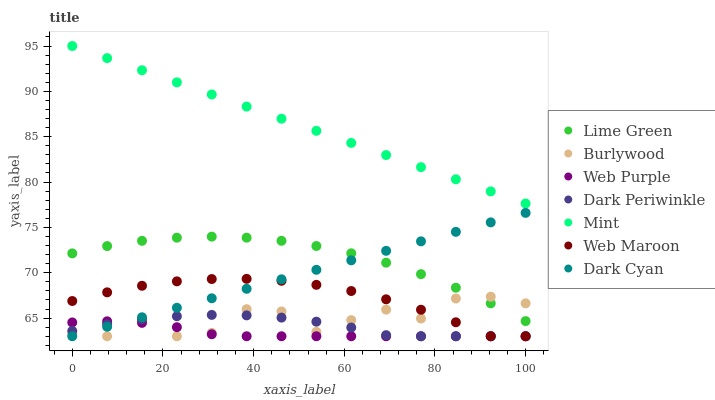
| xaxis_label | Lime Green | Burlywood | Web Purple | Dark Periwinkle | Mint | Web Maroon | Dark Cyan |
 | --- | --- | --- | --- | --- | --- | --- | --- |
 | 0 | 72.1 | 63.3 | 64.5 | 63.6 | 95 | 66.9 | 63 |
 | 7.69 | 72.9 | 63 | 64.6 | 64.3 | 93.7 | 67.8 | 64 |
 | 15.4 | 73.5 | 64.7 | 64.5 | 64.9 | 92.3 | 68.6 | 65.1 |
 | 23.1 | 73.9 | 63 | 64 | 65.2 | 91 | 69.1 | 66.1 |
 | 30.8 | 74 | 63.4 | 63.2 | 65.4 | 89.7 | 69.3 | 67.2 |
 | 38.5 | 73.9 | 66 | 63 | 65.3 | 88.3 | 69.3 | 68.2 |
 | 46.2 | 73.5 | 65.7 | 63 | 65.1 | 87 | 69.1 | 69.3 |
 | 53.8 | 73 | 63.5 | 63 | 64.6 | 85.7 | 68.7 | 70.3 |
 | 61.5 | 72.1 | 64.8 | 63 | 64 | 84.3 | 68 | 71.4 |
 | 69.2 | 71.1 | 65.9 | 63 | 63.1 | 83 | 67.1 | 72.4 |
 | 76.9 | 69.8 | 65 | 63 | 63 | 81.6 | 65.9 | 73.5 |
 | 84.6 | 68.4 | 67.2 | 63 | 63 | 80.3 | 64.5 | 74.5 |
 | 92.3 | 66.6 | 67.4 | 63 | 63 | 79 | 63 | 75.6 |
 | 100 | 64.7 | 66.6 | 63 | 63 | 77.6 | 63 | 76.6 |